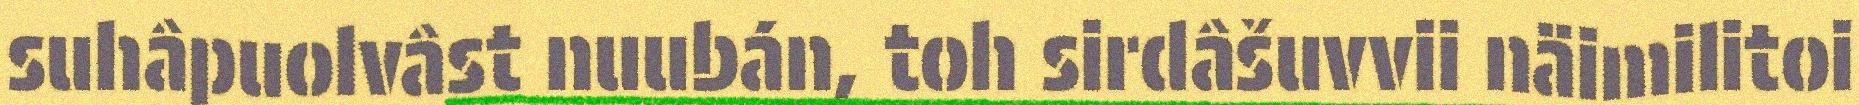
suhâpuolvâst nuubán, toh sirdâšuvvii näimilitoi